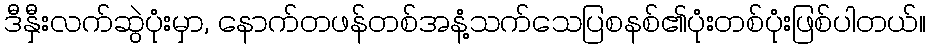
ဒီနှီးလက်ဆွဲပုံးမှာ, နောက်တဖန်တစ်အနံ့သက်သေပြစနစ်၏ပုံးတစ်ပုံးဖြစ်ပါတယ်။